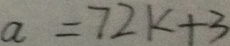
a = 7 2 k + 3